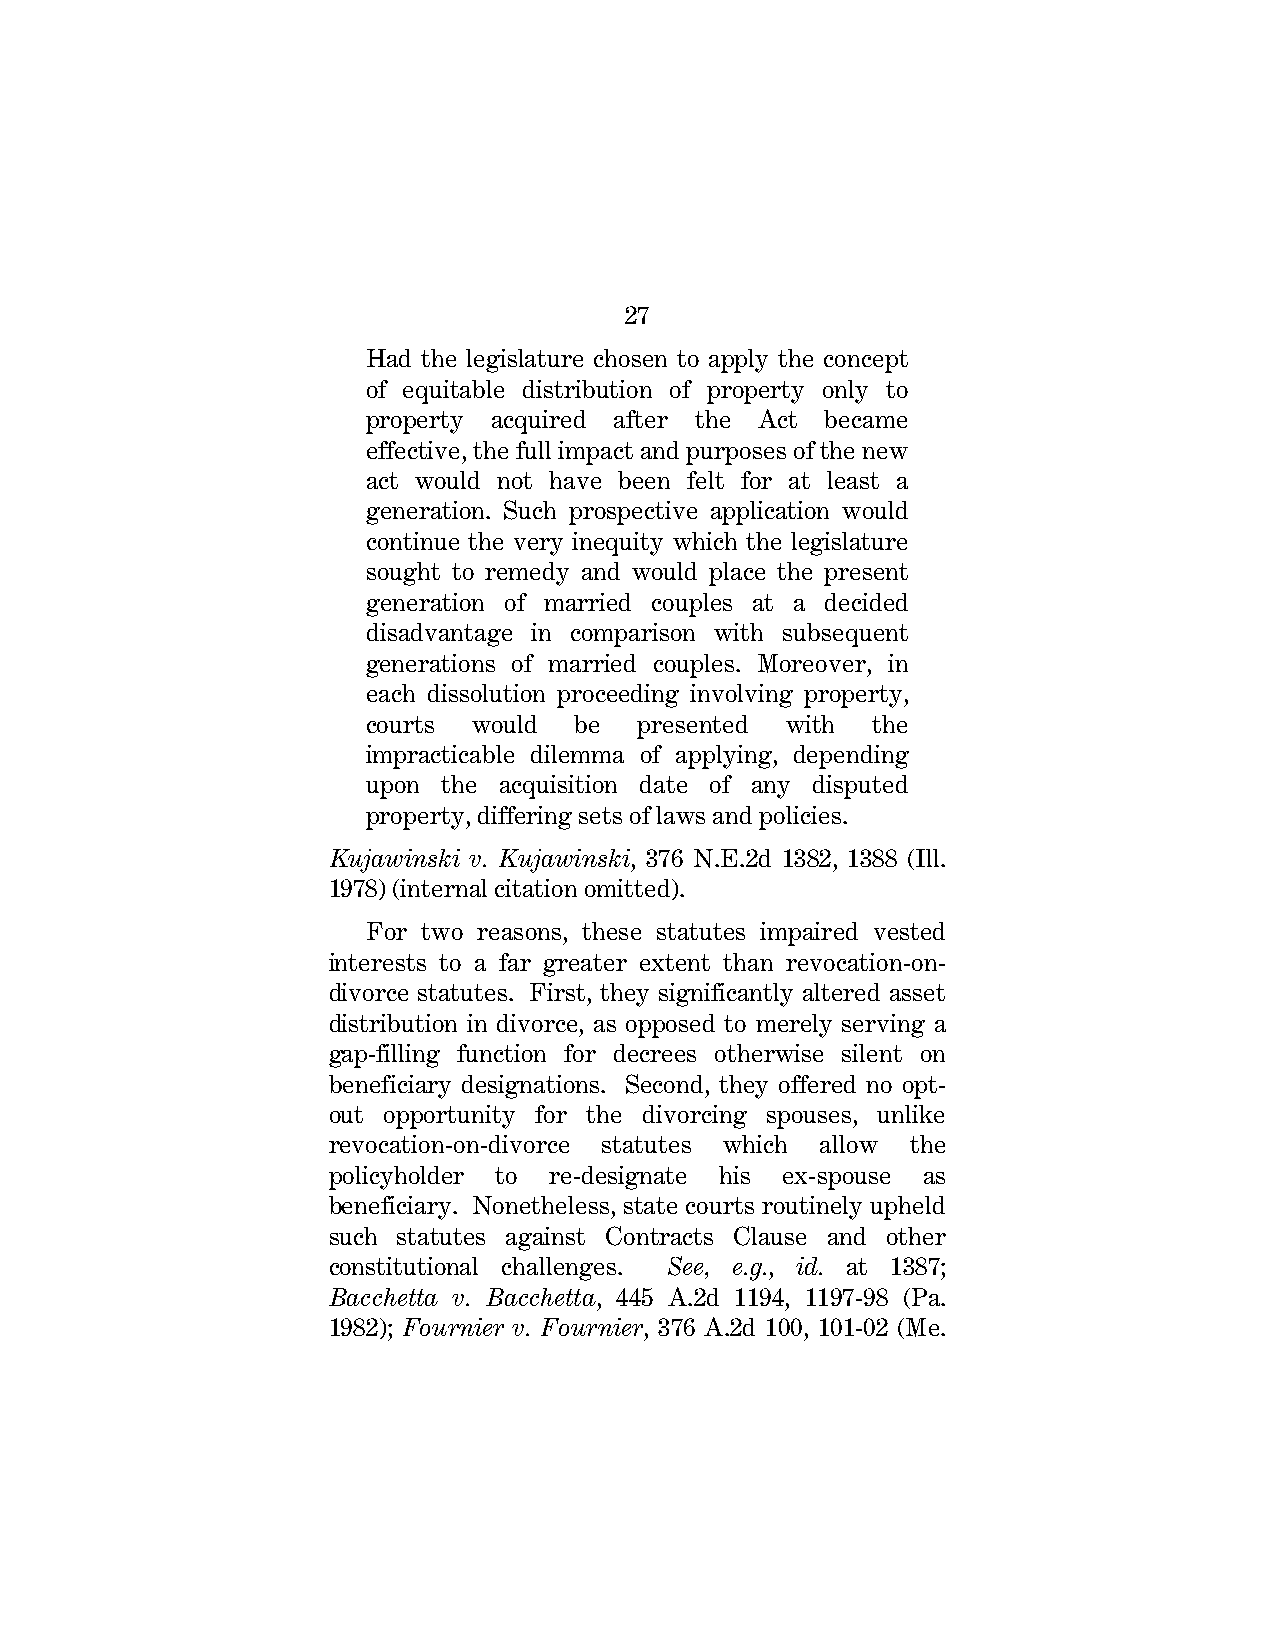
27
 Had the legislature chosen to apply the concept
 of equitable distribution of property only to
 property acquired after the Act became
 effective, the full impact and purposes of the new
 act would not have been felt for at least a
 generation. Such prospective application would
 continue the very inequity which the legislature
 sought to remedy and would place the present
 generation of married couples at a decided
 disadvantage in comparison with subsequent
 generations of married couples. Moreover, in
 each dissolution proceeding involving property,
 courts would  be  presented with  the
 impracticable dilemma of applying, depending
 upon the acquisition date of any disputed
 property, differing sets of laws and policies.
 Kujawinski v. Kujawinski, 376 N.E.2d 1382, 1388 (Ill.
 1978) (internal citation omitted).
 For two reasons, these statutes impaired vested
 interests to a far greater extent than revocation-on-
 divorce statutes. First, they significantly altered asset
 distribution in divorce, as opposed to merely serving a
 gap-filling function for decrees otherwise silent on
 beneficiary designations. Second, they offered no opt-
 out opportunity for the divorcing spouses, unlike
 revocation-on-divorce statutes which allow the
 policyholder to re-designate his ex-spouse as
 beneficiary. Nonetheless, state courts routinely upheld
 such statutes against Contracts Clause and other
 constitutional challenges. See, e.g., id. at 1387;
 Bacchetta v. Bacchetta, 445 A.2d 1194, 1197-98 (Pa.
 1982); Fournier v. Fournier, 376 A.2d 100, 101-02 (Me.